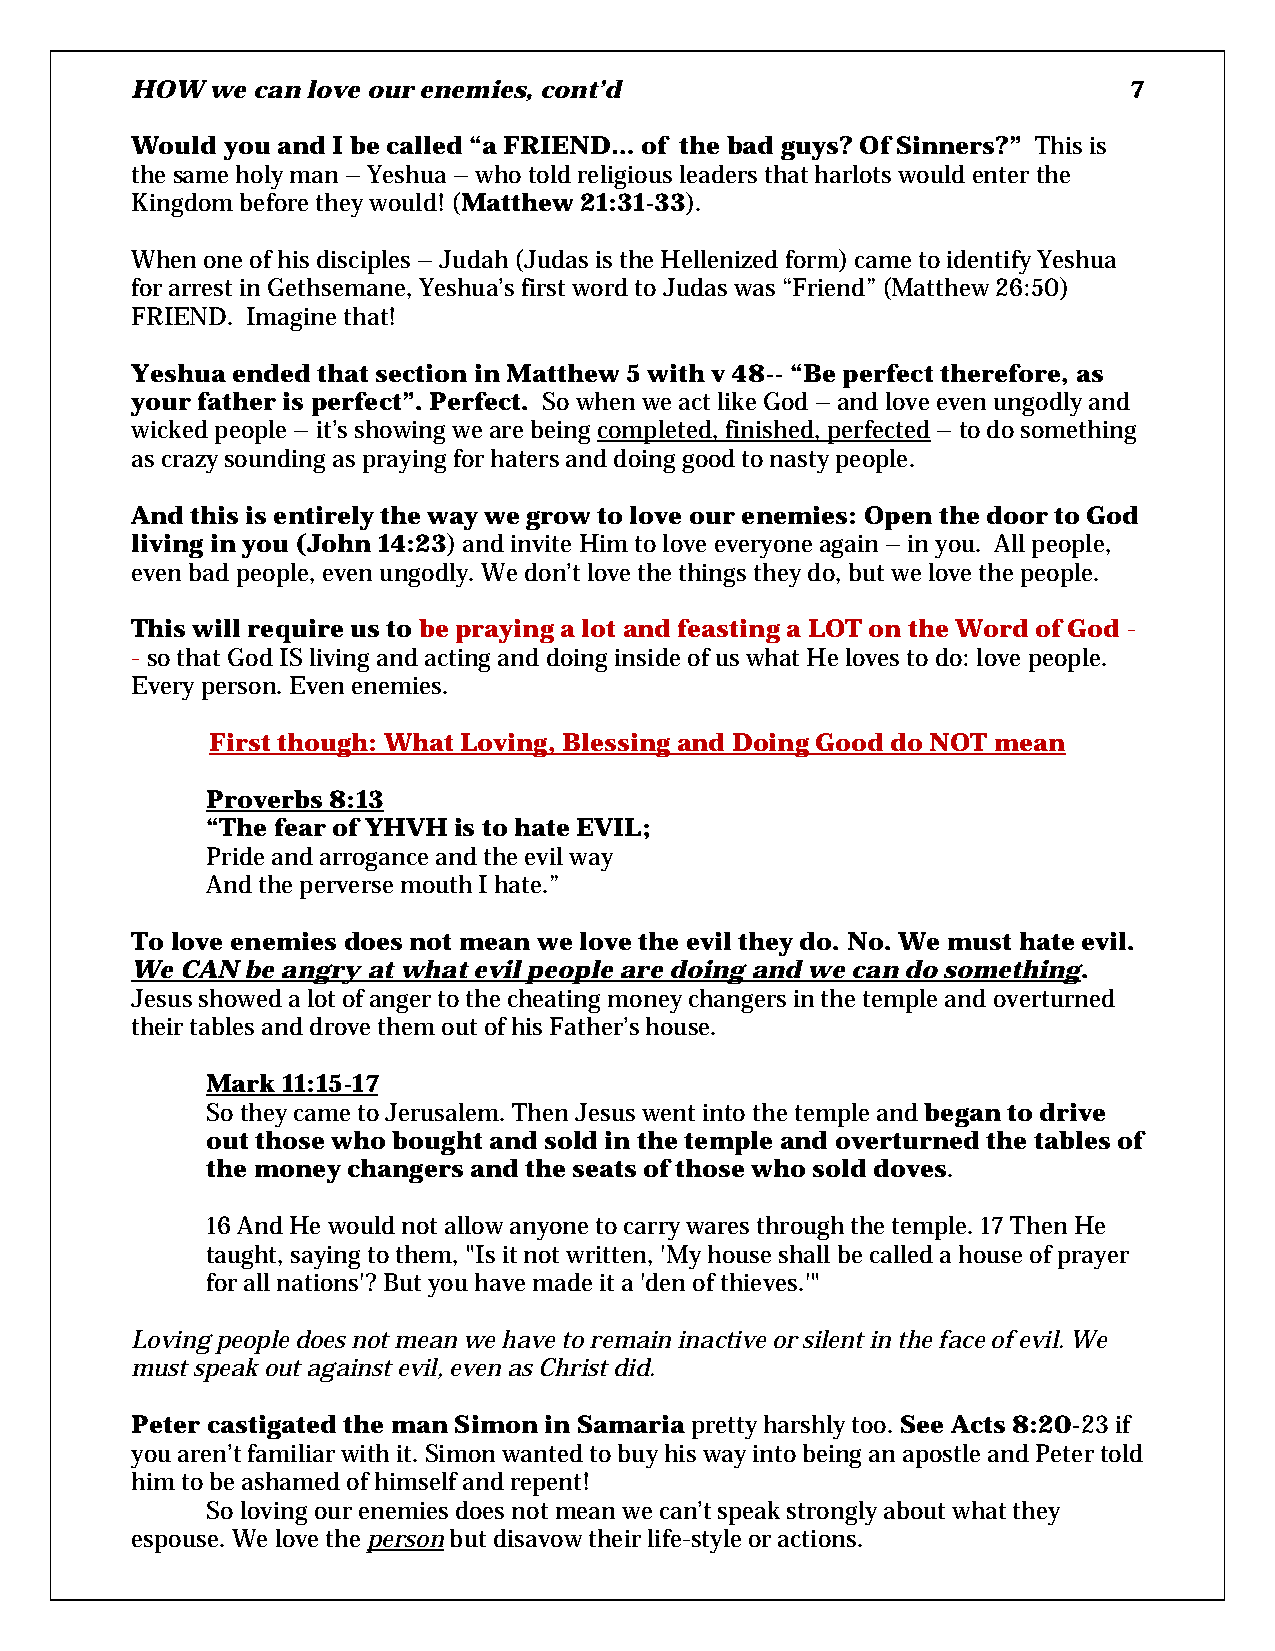
HOW  we can love our enemies, cont’d                              7
 Would you and I be called “a FRIEND… of the bad guys? Of Sinners?” This is
 the same holy man – Yeshua – who told religious leaders that harlots would enter the
 Kingdom before they would! (Matthew 21:31-33).
 When one of his disciples – Judah (Judas is the Hellenized form) came to identify Yeshua
 for arrest in Gethsemane, Yeshua’s first word to Judas was “Friend” (Matthew 26:50)
 FRIEND. Imagine that!
 Yeshua ended that section in Matthew 5 with v 48-- “Be perfect therefore, as
 your father is perfect”. Perfect. So when we act like God – and love even ungodly and
 wicked people – it’s showing we are being completed, finished, perfected – to do something
 as crazy sounding as praying for haters and doing good to nasty people.
 And this is entirely the way we grow to love our enemies: Open the door to God
 living in you (John 14:23) and invite Him to love everyone again – in you. All people,
 even bad people, even ungodly. We don’t love the things they do, but we love the people.
 This will require us to be praying a lot and feasting a LOT on the Word of God -
 - so that God IS living and acting and doing inside of us what He loves to do: love people.
 Every person. Even enemies.
 First though: What Loving, Blessing and Doing Good do NOT mean
 Proverbs 8:13
 “The fear of YHVH is to hate EVIL;
 Pride and arrogance and the evil way
 And the perverse mouth I hate.”
 To love enemies does not mean we love the evil they do. No. We must hate evil.
 We CAN be angry at what evil people are doing and we can do something.
 Jesus showed a lot of anger to the cheating money changers in the temple and overturned
 their tables and drove them out of his Father’s house.
 Mark 11:15-17
 So they came to Jerusalem. Then Jesus went into the temple and began to drive
 out those who bought and sold in the temple and overturned the tables of
 the money changers and the seats of those who sold doves.
 16 And He would not allow anyone to carry wares through the temple. 17 Then He
 taught, saying to them, "Is it not written, 'My house shall be called a house of prayer
 for all nations'? But you have made it a 'den of thieves.'"
 Loving people does not mean we have to remain inactive or silent in the face of evil. We
 must speak out against evil, even as Christ did.
 Peter castigated the man Simon in Samaria pretty harshly too. See Acts 8:20-23 if
 you aren’t familiar with it. Simon wanted to buy his way into being an apostle and Peter told
 him to be ashamed of himself and repent!
 So loving our enemies does not mean we can’t speak strongly about what they
 espouse. We love the person but disavow their life-style or actions.